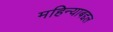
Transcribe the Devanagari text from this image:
महिन्याबद्दल